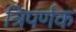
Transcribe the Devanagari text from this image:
त्रिपर्णक